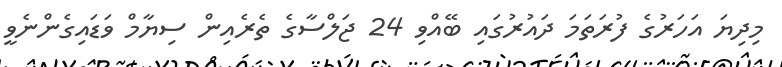
މިދިޔަ އަހަރުގެ ފުރަތަމަ ދައުރުގައި ބޭއްވި 24 ޖަލްސާގެ ތެރެއިން ސިޔާމް ވަޑައިގެންނެވީ